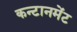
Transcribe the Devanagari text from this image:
कन्टानमेंट